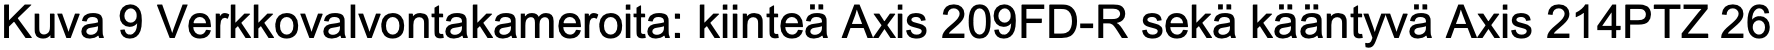
Kuva 9 Verkkovalvontakameroita: kiinteä Axis 209FD-R sekä kääntyvä Axis 214PTZ26